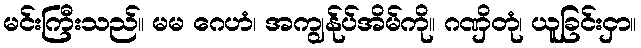
မင်းကြီးသည်။ မမ ဂေဟံ၊ အကျွန်ုပ်အိမ်ကို။ ဂဏှိတုံ၊ ယူခြင်းငှာ။